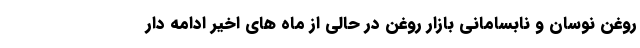
روغن نوسان و نابسامانی بازار روغن در حالی از ماه های اخیر ادامه دار